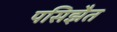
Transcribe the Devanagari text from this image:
पसिझैत